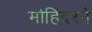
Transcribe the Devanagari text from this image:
मोहिंदरने